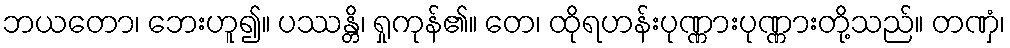
ဘယတော၊ ဘေးဟူ၍။ ပဿန္တိ၊ ရှုကုန်၏။ တေ၊ ထိုရဟန်းပုဏ္ဏားပုဏ္ဏားတို့သည်။ တဏှံ၊